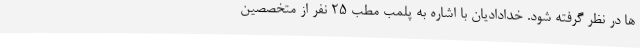
ها در نظر گرفته شود. خدادادیان با اشاره به پلمب مطب 25 نفر از متخصصین